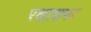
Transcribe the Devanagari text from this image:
रक्षाशस्त्र